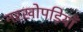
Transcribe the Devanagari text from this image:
नरखोपड़ियाँ